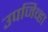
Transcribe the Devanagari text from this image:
उपजिव्हा